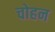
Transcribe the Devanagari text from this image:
चोहन